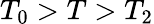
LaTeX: T_{0}>T>T_{2}